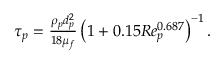
\begin{array} { r } { \tau _ { p } = \frac { \rho _ { p } d _ { p } ^ { 2 } } { 1 8 \mu _ { f } } \left( 1 + 0 . 1 5 R e _ { p } ^ { 0 . 6 8 7 } \right) ^ { - 1 } . } \end{array}